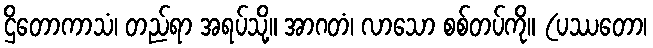
ဌိတောကာသံ၊ တည်ရာ အရပ်သို့။ အာဂတံ၊ လာသော စစ်တပ်ကို။ (ပဿတော၊